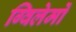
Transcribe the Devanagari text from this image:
ग्विलेर्मो